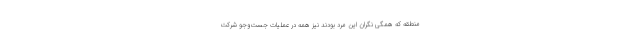
منطقه که همگی نگران این مرد بودند نیز همه در عملیات جست‌وجو شرکت